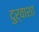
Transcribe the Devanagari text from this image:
दुर्वाशा